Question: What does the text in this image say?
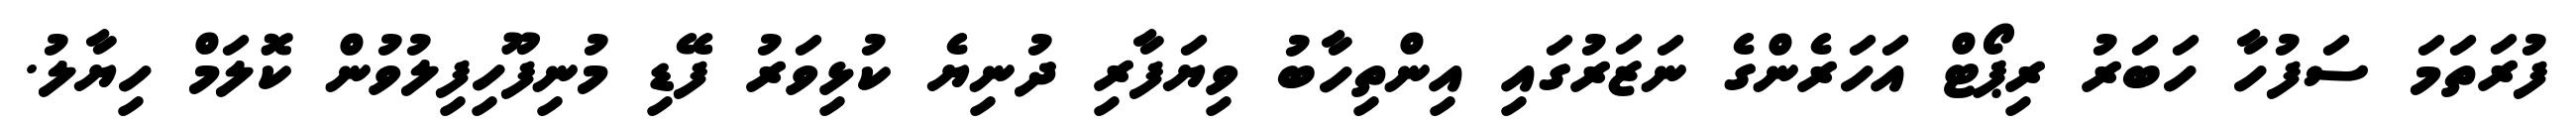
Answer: ފުރަތަމަ ސަފުހާ ހަބަރު ރިޕޯޓް އަހަރެންގެ ނަޒަރުގައި އިންތިހާބު ވިޔަފާރި ދުނިޔެ ކުޅިވަރު ފޭޑި މުނިފޫހިފިލުވުން ކޮލަމް ހިޔާލު.